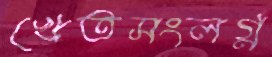
খেতসংলগ্ন